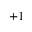
+ 1